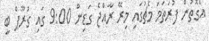
އެގޮތުން ފުރަތަމަ މެޗުގައި މިރޭ ރާއްޖެ ގަޑިން 9:00 ގައި ގުރޫޕް ބީ